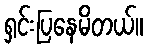
ရှင်းပြနေမိတယ်။